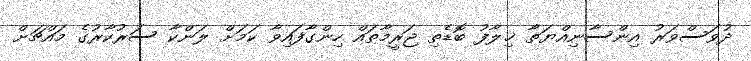
ދުވަސްވަރު އިންސާނިއްޔަތާ ޚިލާފު ބޮޑެތި ޖަރީމާތައް ހިންގާފައިވާ ކަމަށް ލަންކާ ސަރުކާރުގެ މައްޗަށް